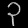
Digit: ၃